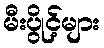
မီးပွိုင့်များ